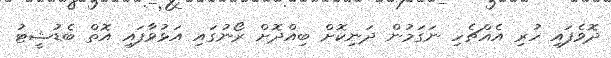
ދޮވެފައި ހުރި އެއްޗެހި ނަގަމުން ދަނިކޮށް ބިއްދޮށް ރޯނުގައި އަޅުވާފައި އޮތް ބެޑުޝީޓު